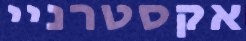
אקסטרניי